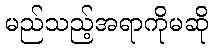
မည်သည့်အရာကိုမဆို